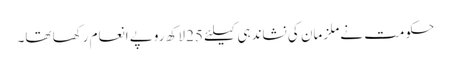
حکومت نے ملزمان کی نشاندہی کیلئے 25 لاکھ روپے انعام رکھا تھا۔